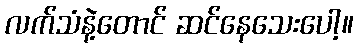
လက်သံနဲ့တောင် ဆင်နေသေးပေါ့။